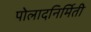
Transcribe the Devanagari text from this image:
पोलादनिर्मिती